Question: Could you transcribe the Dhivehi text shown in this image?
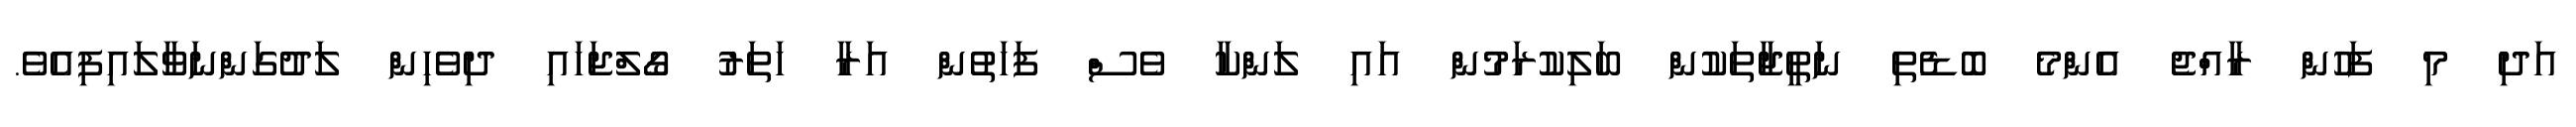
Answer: އަދި މި ފަހުން ރާއްޖެ އެންމެ ބޮޑެތި ނަތީޖާތަކުން ބަލިކުރަމުން އައި ލަންކާ ވެސް ފަހަތުން އަރާ ހަތަރު ގޯލްޖަހައި ދިވެހިން ލަދުގަންނަވާލައިފިއެވެ.